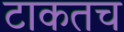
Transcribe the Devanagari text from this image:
टाकतच